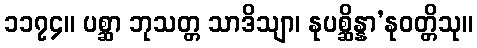
၁၁၇၄။ ပစ္ဆာ ဘုသတ္တ သာဒိသျာ၊ နုပစ္ဆိန္နာ’နုဝတ္တိသု။